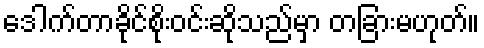
ဒေါက်တာခိုင်စိုးဝင်းဆိုသည်မှာ တခြားမဟုတ်။